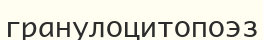
гранулоцитопоэз